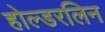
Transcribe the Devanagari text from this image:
होल्डरलिन